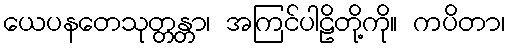
ယေပနတေသုတ္တန္တာ၊ အကြင်ပါဠိတို့ကို။ ကပိတာ၊